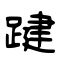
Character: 踺